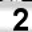
Digit: 2